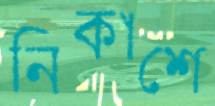
নিকাশে